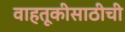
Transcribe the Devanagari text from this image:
वाहतूकीसाठीची